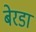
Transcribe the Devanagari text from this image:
बेरडा